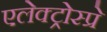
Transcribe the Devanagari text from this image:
एलेक्ट्रोस्प्रे